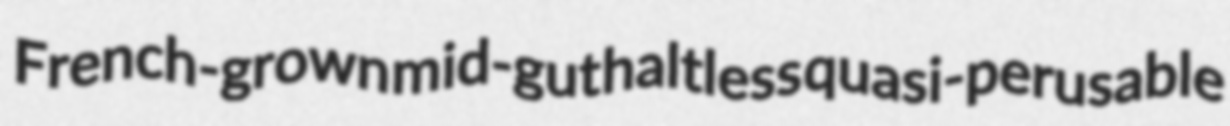
French-grown mid-gut haltless quasi-perusable